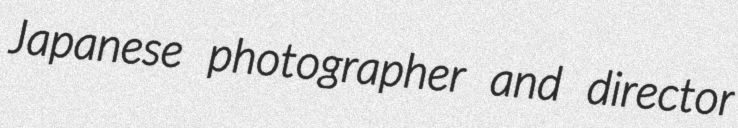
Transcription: Japanese photographer and director